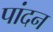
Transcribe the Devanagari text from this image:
पांदन